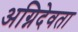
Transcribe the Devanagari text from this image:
अग्निदेवता